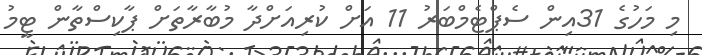
މި މަހުގެ 31އިން ސެޕްޓެމްބަރު 11 އަށް ކުރިއަށްދާ މުބާރާތަށް ޕާކިސްތާން ޓީމު